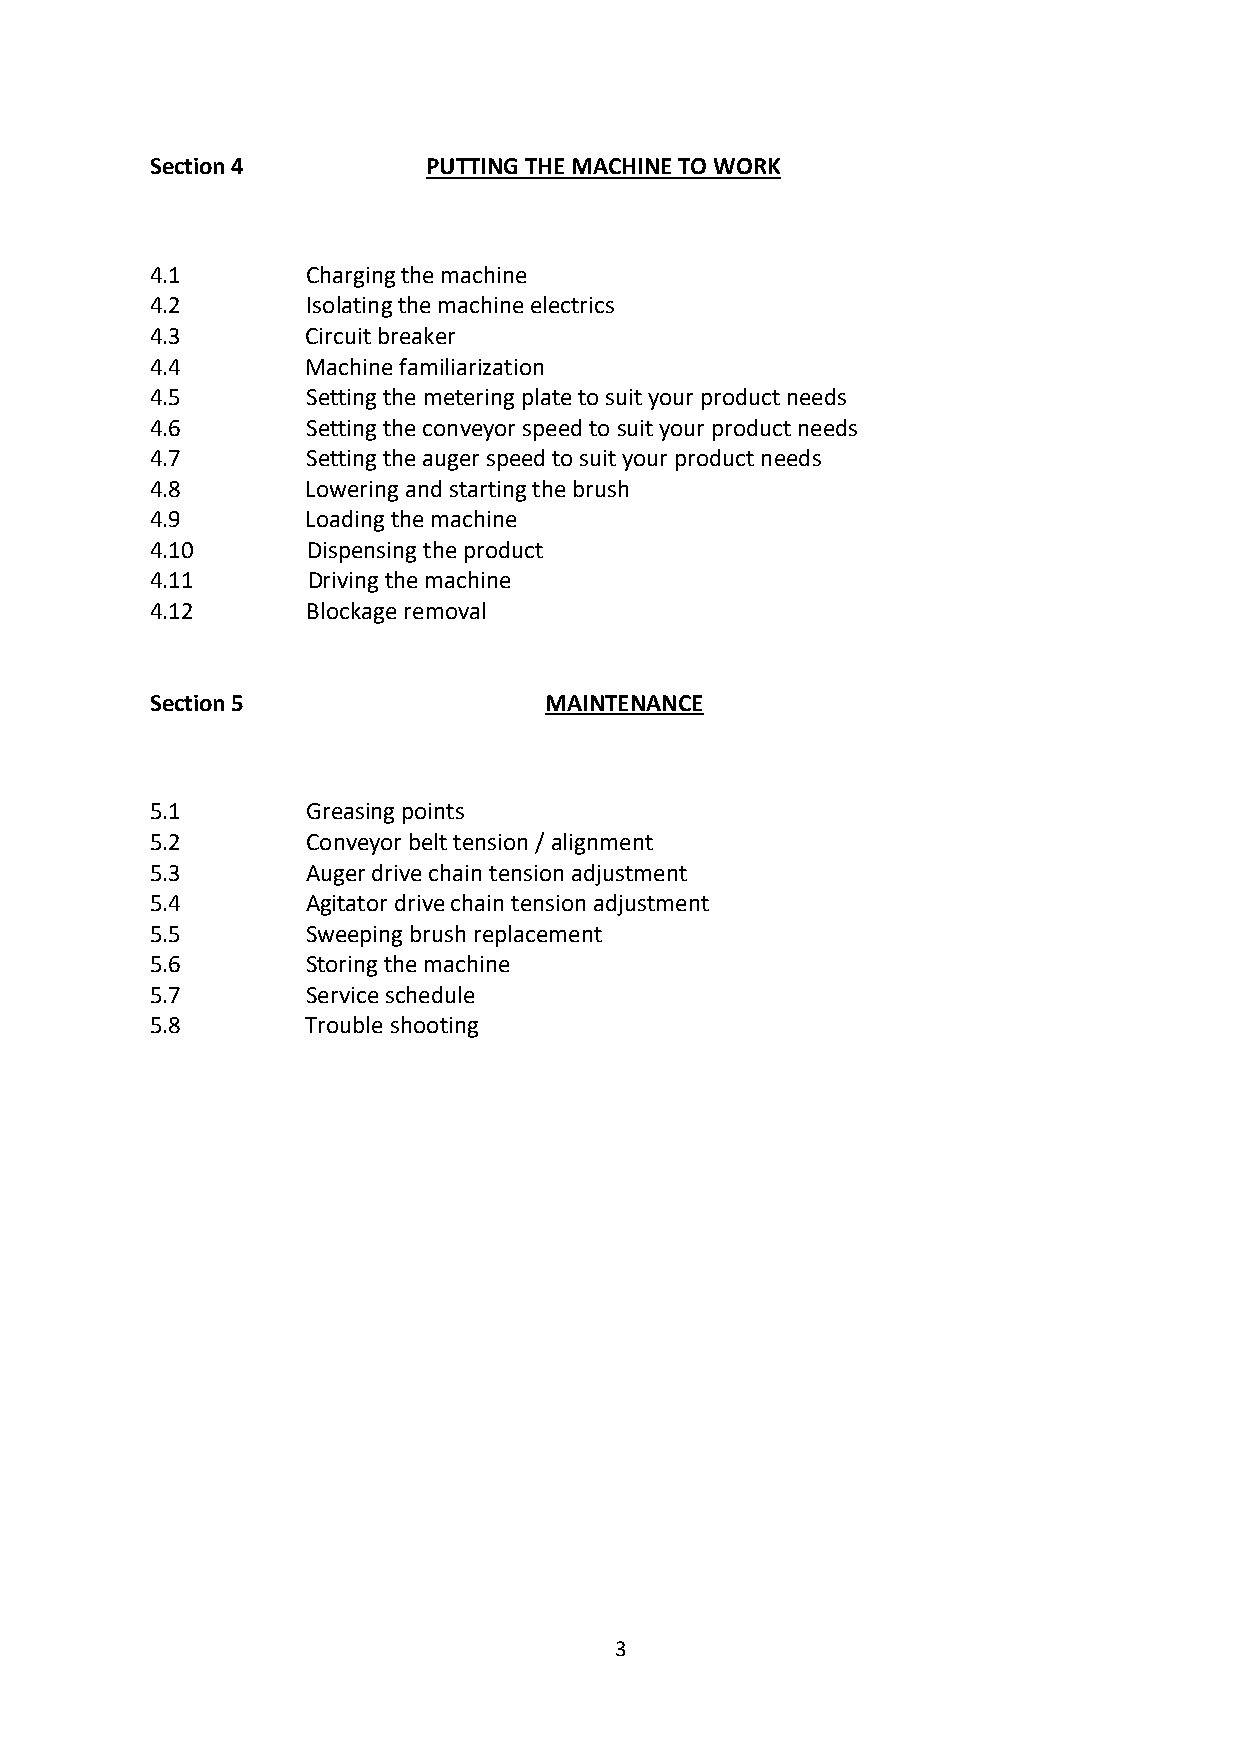
Section 4         PUTTING THE MACHINE TO WORK
 4.1       Charging the machine
 4.2       Isolating the machine electrics
 4.3       Circuit breaker
 4.4       Machine familiarization
 4.5       Setting the metering plate to suit your product needs
 4.6       Setting the conveyor speed to suit your product needs
 4.7       Setting the auger speed to suit your product needs
 4.8       Lowering and starting the brush
 4.9       Loading the machine
 4.10      Dispensing the product
 4.11      Driving the machine
 4.12      Blockage removal
 Section 5                 MAINTENANCE
 5.1       Greasing points
 5.2       Conveyor belt tension / alignment
 5.3       Auger drive chain tension adjustment
 5.4       Agitator drive chain tension adjustment
 5.5       Sweeping brush replacement
 5.6       Storing the machine
 5.7       Service schedule
 5.8       Trouble shooting
 3